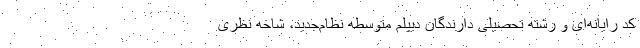
کد رایانه‌ای و رشته تحصیلی دارندگان دیپلم متوسطه نظام‌جدید، شاخه نظری